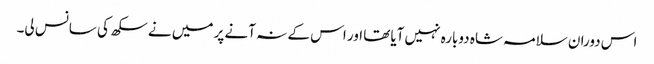
اس دوران سلامہ شاہ دوبارہ نہیں آیاتھا اور اس کے نہ آنے پر میں نے سکھ کی سانس لی۔